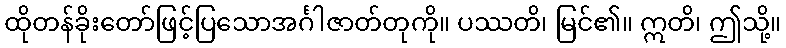
ထိုတန်ခိုးတော်ဖြင့်ပြသောအင်္ဂါဇာတ်တုကို။ ပဿတိ၊ မြင်၏။ ဣတိ၊ ဤသို့။